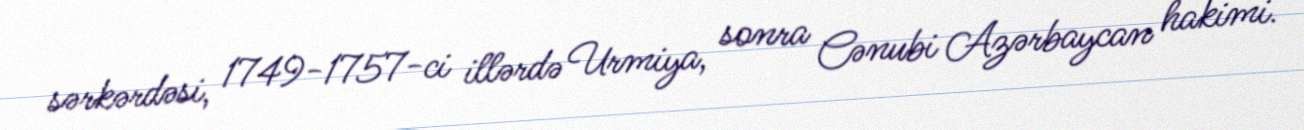
sərkərdəsi, 1749-1757-ci illərdə Urmiya, sonra Cənubi Azərbaycan hakimi.